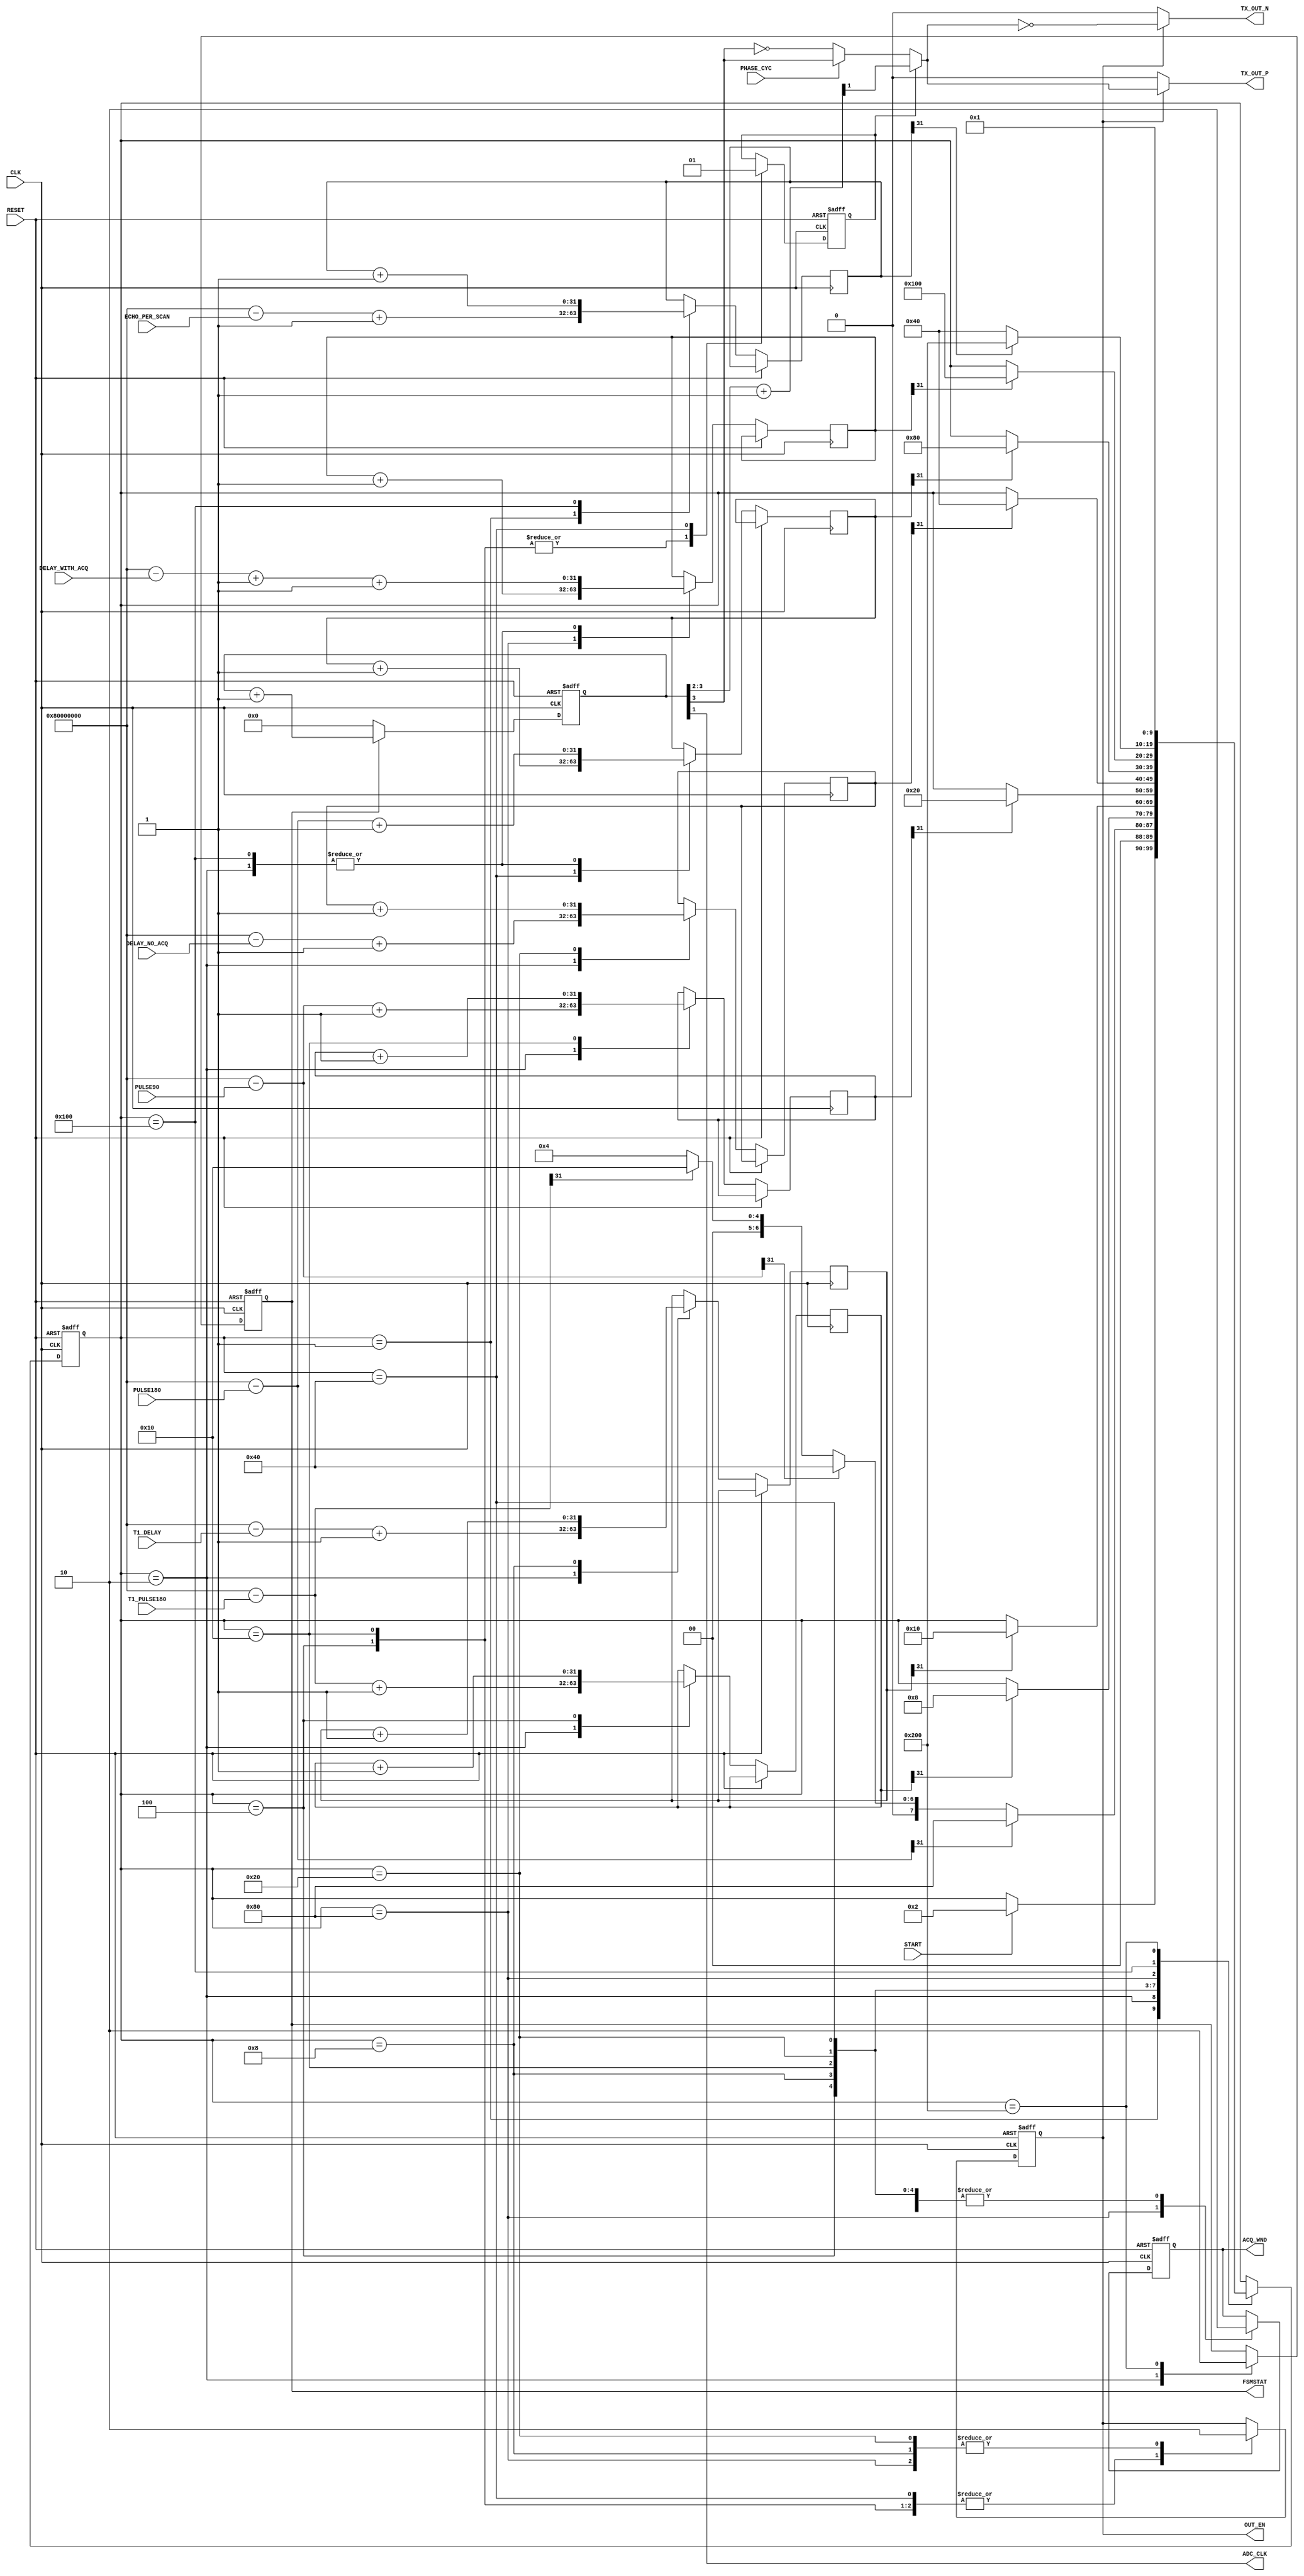
module NMR_PULSE_PROGRAM
#(
	parameter PULSE_AND_DELAY_WIDTH = 32,
	parameter ECHO_PER_SCAN_WIDTH = 32,
	parameter NMR_MAIN_TIMER_WIDTH = 32
)
(
	// control signals
	input 		START,
	output reg 	FSMSTAT,
	
	// nmr control signals
	input		PHASE_CYC,
	output reg	ACQ_WND,
	
	// nmr parameters
	input [PULSE_AND_DELAY_WIDTH-1:0]	T1_PULSE180,
	input [PULSE_AND_DELAY_WIDTH-1:0]	T1_DELAY,
	input [PULSE_AND_DELAY_WIDTH-1:0]	PULSE90,
	input [PULSE_AND_DELAY_WIDTH-1:0]	DELAY_NO_ACQ,
	input [PULSE_AND_DELAY_WIDTH-1:0]	PULSE180,
	input [PULSE_AND_DELAY_WIDTH-1:0]	DELAY_WITH_ACQ,
	input [ECHO_PER_SCAN_WIDTH-1:0]		ECHO_PER_SCAN,	// echo per scan integer number
	
	// adc clock generator
	output ADC_CLK,
	
	// nmr tx clock output
	output TX_OUT_P,
	output TX_OUT_N,
	
	// nmr output enable,
	output reg OUT_EN,
	
	// system signals
	input CLK,
	input RESET
);

	// rollover counter reg
	reg [PULSE_AND_DELAY_WIDTH-1:0]	T1_PULSE180_CNT;
	reg [PULSE_AND_DELAY_WIDTH-1:0]	T1_DELAY_CNT;
	wire [PULSE_AND_DELAY_WIDTH-1:0]	JUMP_TO_S4;
	reg [PULSE_AND_DELAY_WIDTH-1:0]	PULSE90_CNT;
	reg [PULSE_AND_DELAY_WIDTH-1:0]	DELAY_NO_ACQ_CNT;
	wire [PULSE_AND_DELAY_WIDTH-1:0]	JUMP_TO_S6;
	reg [PULSE_AND_DELAY_WIDTH-1:0]	PULSE180_CNT;
	reg [PULSE_AND_DELAY_WIDTH-1:0]	DELAY_WITH_ACQ_CNT;
	wire [PULSE_AND_DELAY_WIDTH-1:0]	JUMP_TO_S7;
	reg [ECHO_PER_SCAN_WIDTH-1:0]	ECHO_PER_SCAN_CNT;
	
	// nmr tx clock generator
	wire TX_CLK_X; // tx phase 0 output
	wire TX_CLK_Y; // tx phase 90 output

	reg	PHASE;		// select the output tx phase
	// reg	OUT_EN;		// tx output enable
	
	
	// register for NMR main timer
	reg [NMR_MAIN_TIMER_WIDTH-1:0] NMR_MAIN_TIMER_CNT;

	reg [9:0] State /* synthesis keep = 1 */;
	localparam [9:0]
		S0 = 10'b0000000001,
		S1 = 10'b0000000010,
		S2 = 10'b0000000100,
		S3 = 10'b0000001000,
		S4 = 10'b0000010000,
		S5 = 10'b0000100000,
		S6 = 10'b0001000000,
		S7 = 10'b0010000000,
		S8 = 10'b0100000000,
		S9 = 10'b1000000000;
	
	assign JUMP_TO_S4	= {1'b1,{ (PULSE_AND_DELAY_WIDTH-1) {1'b0} }} - T1_PULSE180; // only MSB is used to define whether skipping/not is required
	assign JUMP_TO_S6	= {1'b1,{ (PULSE_AND_DELAY_WIDTH-1) {1'b0} }} - PULSE90; // only MSB is used to define whether skipping/not is required
	assign JUMP_TO_S7	= {1'b1,{ (PULSE_AND_DELAY_WIDTH-1) {1'b0} }} - PULSE180; // only MSB is used to define whether skipping/not is required
	
	initial
	begin
		FSMSTAT	<= 1'b0;
		PHASE	<= 1'b0;
		OUT_EN	<= 1'b0;
		ACQ_WND	<= 1'b0;
		State	<= S0;
	end
	
	// main controller always loop
	always @(posedge CLK, posedge RESET)
	begin
	
		if (RESET)
		begin
		
			FSMSTAT	<= 1'b0;
			PHASE	<= 1'b0;
			OUT_EN	<= 1'b0;
			ACQ_WND	<= 1'b0;
			State	<= S0;
			
		end
		else
		begin
		
			case (State)
			
				S0 :
				begin
					
					ECHO_PER_SCAN_CNT	<= {1'b1,{ (ECHO_PER_SCAN_WIDTH-1) {1'b0} }} - 	ECHO_PER_SCAN + 1;
					
					// Wait for the Start signal
					if (START)
						State <= S1;
				
				end
				
				S1 : 
				begin
					
					T1_PULSE180_CNT		<= {1'b1,{ (PULSE_AND_DELAY_WIDTH-1) {1'b0} }} - T1_PULSE180 + 1'b1;
					T1_DELAY_CNT		<= {1'b1,{ (PULSE_AND_DELAY_WIDTH-1) {1'b0} }} - T1_DELAY + 1'b1;
					PULSE90_CNT 		<= {1'b1,{ (PULSE_AND_DELAY_WIDTH-1) {1'b0} }} - PULSE90 + 1'b1;
					DELAY_NO_ACQ_CNT 	<= {1'b1,{ (PULSE_AND_DELAY_WIDTH-1) {1'b0} }} - DELAY_NO_ACQ + 1'b1;
					PULSE180_CNT		<= {1'b1,{ (PULSE_AND_DELAY_WIDTH-1) {1'b0} }} - PULSE180 + 1'b1;
					DELAY_WITH_ACQ_CNT	<= {1'b1,{ (PULSE_AND_DELAY_WIDTH-1) {1'b0} }} - DELAY_WITH_ACQ + 1'b1 + 1'b1; // another (+1'b1) compensate for S6 state 1 clock cycle 
					
					FSMSTAT <= 1'b1;
					
					// skip if the pulse length is 0. There are several scenario:
					// 1. There's no point of doing T1 inversion recovery if PULSE90 is 0, so skip S2 until S5 if this is true, no matter what T1_PULSE180 is.
					//    By skipping PULSE90, and with a single ECHO_PER_SCAN, FID measurement can be performed.
					// 2. If the inversion recovery is not intended, set the T1_PULSE180 to 0 to skip S2 and S3.					
					// 3. To do noise measurement, set the ECHO_PER_SCAN to be 1, and then set PULSE180 to be 0, effectively jumping all states before S7
					if (JUMP_TO_S7[PULSE_AND_DELAY_WIDTH-1])
						State <= S7;
					else if (JUMP_TO_S6[PULSE_AND_DELAY_WIDTH-1])
						State <= S6;
					else if (JUMP_TO_S4[PULSE_AND_DELAY_WIDTH-1])
						State <= S4;
					else
						State <= S2;
								
				end
				
				S2 : // initial pulse 180 for T1 measurement
				begin
				
					OUT_EN <= 1'b1;
					PHASE <= 1'b0;
					ACQ_WND <= 1'b0;
					
					T1_PULSE180_CNT <= T1_PULSE180_CNT + 1'b1;
					
					if (T1_PULSE180_CNT[PULSE_AND_DELAY_WIDTH-1])
						State <= S3;
				
				end
				
				S3 : // delay no-acquisition
				begin
					
					OUT_EN <= 1'b0;
					ACQ_WND <= 1'b0;
					
					T1_DELAY_CNT <= T1_DELAY_CNT + 1'b1;
					
					if (T1_DELAY_CNT[PULSE_AND_DELAY_WIDTH-1])
						State <= S4;
					
				end
				
				S4 : // pulse 90 state
				begin
					
					OUT_EN <= 1'b1;
					PHASE <= 1'b0;
					ACQ_WND <= 1'b0;
					
					PULSE90_CNT <= PULSE90_CNT + 1'b1;
					
					if (PULSE90_CNT[PULSE_AND_DELAY_WIDTH-1])
						State <= S5;
					
				end
				
				S5 : // delay no-acquisition
				begin
					
					OUT_EN <= 1'b0;
					ACQ_WND <= 1'b0;
					DELAY_NO_ACQ_CNT <= DELAY_NO_ACQ_CNT + 1'b1;
					
					if (DELAY_NO_ACQ_CNT[PULSE_AND_DELAY_WIDTH-1])
						State <= S6;
					
				end
				
				S6 : // pulse 180 state
				begin
				
					OUT_EN <= 1'b1;
					PHASE <= 1'b1;
					ACQ_WND <= 1'b0;
					
					PULSE180_CNT <= PULSE180_CNT + 1'b1;
					
					if (PULSE180_CNT[PULSE_AND_DELAY_WIDTH-1])
						State <= S7;
					
				end
				
				S7 : // delay with acquisition
				begin
					
					OUT_EN <= 1'b0;
					ACQ_WND <= 1'b1;
					
					DELAY_WITH_ACQ_CNT <= DELAY_WITH_ACQ_CNT + 1'b1;
					
					if (DELAY_WITH_ACQ_CNT[PULSE_AND_DELAY_WIDTH-1])
						State <= S8;
					
				end
				
				S8 : // check echo per scan rollover counter
				begin
					
					PULSE180_CNT		<= {1'b1,{ (PULSE_AND_DELAY_WIDTH-1) {1'b0} }} - PULSE180 + 1'b1;
					DELAY_WITH_ACQ_CNT	<= {1'b1,{ (PULSE_AND_DELAY_WIDTH-1) {1'b0} }} - DELAY_WITH_ACQ + 1'b1 + 1'b1; // another (+1'b1) compensate for S6 state 1 clock cycle 
					
					ECHO_PER_SCAN_CNT <= ECHO_PER_SCAN_CNT + 1'b1;
					
					if (ECHO_PER_SCAN_CNT[ECHO_PER_SCAN_WIDTH-1])
						State <= S9;
					else
						State <= S6;
						
				end
				
				S9 : // end of sequence
				begin
					
					FSMSTAT <= 1'b0;
					ACQ_WND <= 1'b0;
					
					State <= S0;
					
				end
				
				
			endcase
		
		end
	
	end
	
	// main NMR counter always loop
	always @(posedge CLK, posedge RESET)
	begin
		if (RESET)
		begin
			NMR_MAIN_TIMER_CNT <= {NMR_MAIN_TIMER_WIDTH{1'b0}};
		end
		else
		begin
			if (FSMSTAT)
				NMR_MAIN_TIMER_CNT <= NMR_MAIN_TIMER_CNT + 1'b1;
			else
				NMR_MAIN_TIMER_CNT <= {NMR_MAIN_TIMER_WIDTH{1'b0}};
		end
	end
	
	// generate ADC clock
	assign ADC_CLK = NMR_MAIN_TIMER_CNT[1]; // index 0 is to get CLK/2 frequency, and index 1 is to get CLK/4 frequency
	
	// generate TX clock
	wire [1:0] TX_CLK_X_CNT, TX_CLK_Y_CNT;
	assign TX_CLK_X_CNT = NMR_MAIN_TIMER_CNT[3:2]; // index 2: CLK/8, index 3: CLK/16.
	assign TX_CLK_Y_CNT = NMR_MAIN_TIMER_CNT[3:2] + 1'b1; // add extra 90 degrees phase shift
	assign TX_CLK_X = TX_CLK_X_CNT[1]; // phase 0
	assign TX_CLK_Y = TX_CLK_Y_CNT[1]; // phase 90
	
	// switch TX clock output (phase cycling by pulse-90)
	wire TX_OUT_X_phcyc; // phase cycling output signal 
	wire TX_OUT_P_int; // internal tx_p after selected by phase (switching between 0 and 90 degrees input pulse)
	assign TX_OUT_X_phcyc = PHASE_CYC ? TX_CLK_X : ~TX_CLK_X;
	assign TX_OUT_P_int = PHASE ?  TX_CLK_Y : TX_OUT_X_phcyc;
	assign TX_OUT_P = OUT_EN ? TX_OUT_P_int : 1'b0;
	assign TX_OUT_N = OUT_EN ? ~TX_OUT_P_int : 1'b0;


endmodule